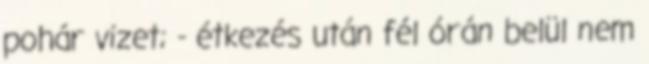
pohár vizet; - étkezés után fél órán belül nem